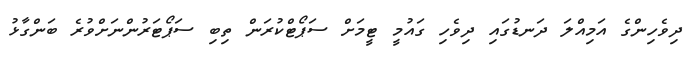
ދިވެހިންގެ އަމިއްލަ ދަނޑުގައި ދިވެހި ގައުމީ ޓީމަށް ސަޕޯޓްކުރަން ތިބި ސަޕޯޓަރުންނަށްވުރެ ބަންގާޅު